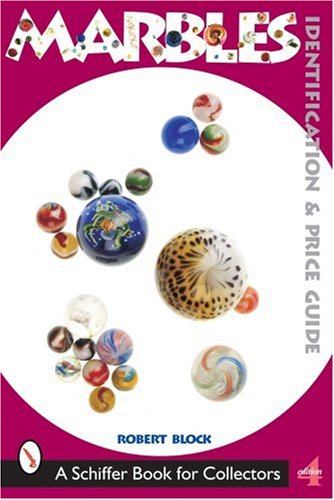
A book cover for Marbles: Identification and Price Guide; Robert S. Block; Crafts, Hobbies & Home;